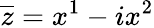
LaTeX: \overline{{z}}=x^{1}-ix^{2}